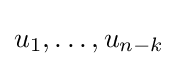
u_{1},\ldots ,u_{n-k}